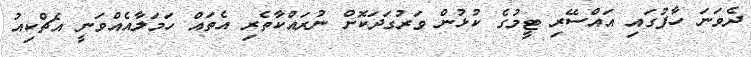
ދެވަނަ ހާފުގައި އައްސޭރި ޓީމުގެ ކުޅުން ވަރުގަދަކޮށް ނުރައްކާތެރި އެތައް ހަމަލާއެއްވަނީ އެޗްކިއު